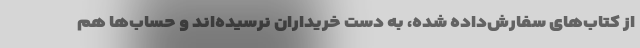
از کتاب‌های سفارش‌داده شده، به دست خریداران نرسیده‌اند و حساب‌ها هم